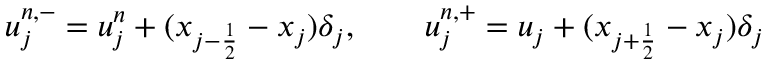
u _ { j } ^ { n , - } = u _ { j } ^ { n } + ( x _ { { j - \frac { 1 } { 2 } } } - x _ { j } ) \delta _ { j } , \qquad u _ { j } ^ { n , + } = u _ { j } + ( x _ { j + \frac { 1 } { 2 } } - x _ { j } ) \delta _ { j }